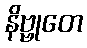
နိဗ္ဗုတေ